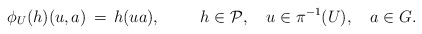
\begin{align*}\phi_U(h)(u,a) \, = \, h(ua), \hspace{1,0cm} h \in {\cal P}, \quad u \in \pi^{-1}(U), \quad a \in G.\end{align*}